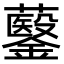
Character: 𮣡